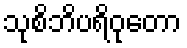
သုစိဘိပရိဝုတော